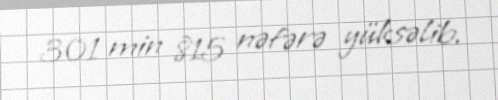
301 min 815 nəfərə yüksəlib.